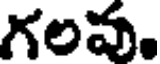
గలవ.